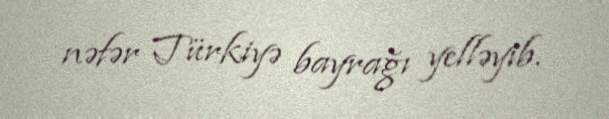
nəfər Türkiyə bayrağı yelləyib.